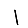
Digit: 1